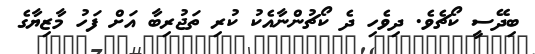
ބިދޭސީ ކޯޗެވެ. ދިވެހި ދެ ކޯޗުންނާއެކު ކުރި ތަޖުރިބާ އަށް ފަހު މާޒިޔާގެ